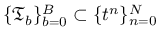
\{ \mathfrak { T } _ { b } \} _ { b = 0 } ^ { B } \subset \{ t ^ { n } \} _ { n = 0 } ^ { N }